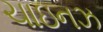
ચાઇનઝ